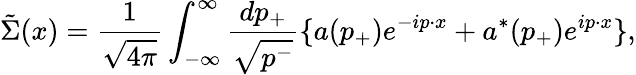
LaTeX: \tilde{\Sigma}(x)=\frac{1}{\sqrt{4{\pi}}}\int_{-{\infty}}^{\infty}\frac{dp_{+}}{\sqrt{p^{-}}}\{ a(p_{+})e^{-ip{\cdot}x}+a^{\ast}(p_{+})e^{ip{\cdot}x}\} ,